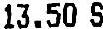
13.50 S